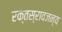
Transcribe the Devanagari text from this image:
रक्तस्रावजन्य